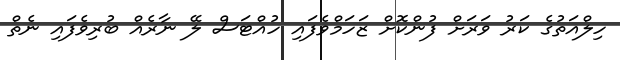
ހިލްއަތުގެ ކަރު ވަރަށް ފުންކޮށް ޒަހަމްވެފައި ހުއްޓަސް ލޭ ނާރެއް ބުރިވެފައި ނެތް